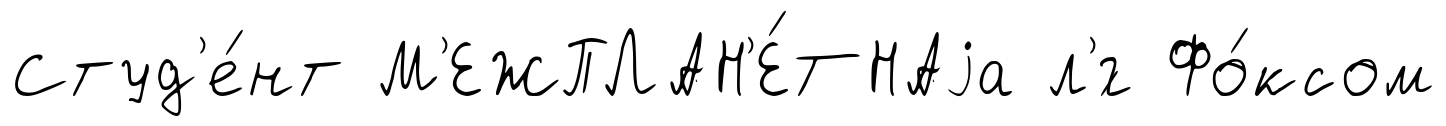
Студ'е́нт М'ЕЖПЛАН'Е́ТНАjа л'́г Фо́ксом